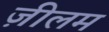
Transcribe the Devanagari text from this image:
ज़ीलम